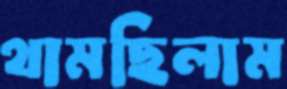
থামছিলাম